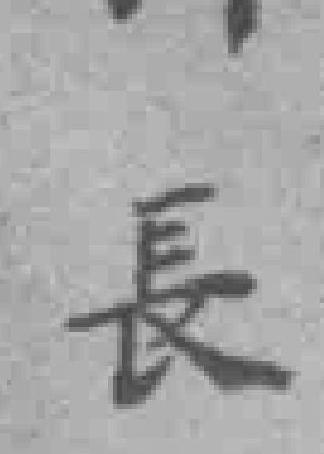
長